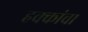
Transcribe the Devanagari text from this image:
हक्‍कांचा